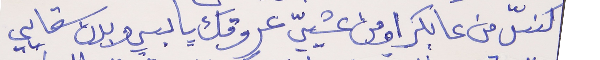
كنسّ من عابكرا ومن عشييّ     عروقك يابسي وبدن سقايي